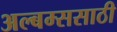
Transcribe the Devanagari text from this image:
अल्बम्ससाठी